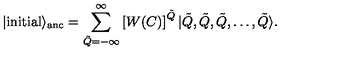
| \mathrm { i n i t i a l } \rangle _ { \mathrm { a n c } } = \sum _ { \tilde { Q } = - \infty } ^ { \infty } \left[ W ( C ) \right] ^ { \tilde { Q } } | \tilde { Q } , \tilde { Q } , \tilde { Q } , \dots , \tilde { Q } \rangle .